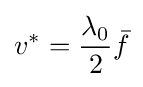
v^{*}={\frac {\lambda _{0}}{2}}{\bar {f}}